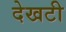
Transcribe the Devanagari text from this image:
देखटी